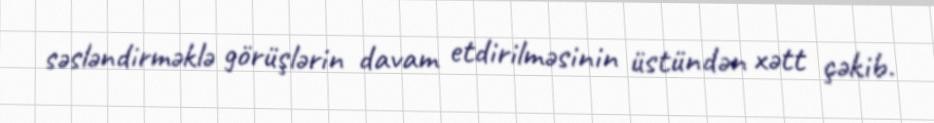
səsləndirməklə görüşlərin davam etdirilməsinin üstündən xətt çəkib.